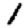
Digit: 1